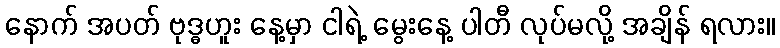
နောက် အပတ် ဗုဒ္ဓဟူး နေ့မှာ ငါရဲ့ မွေးနေ့ ပါတီ လုပ်မလို့ အချိန် ရလား။